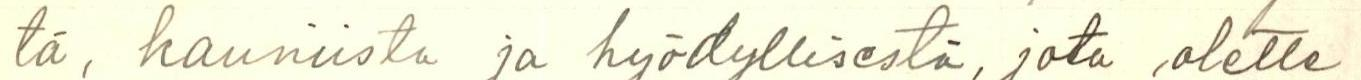
tä, kauniista ja hyödyllisestä, jota olette